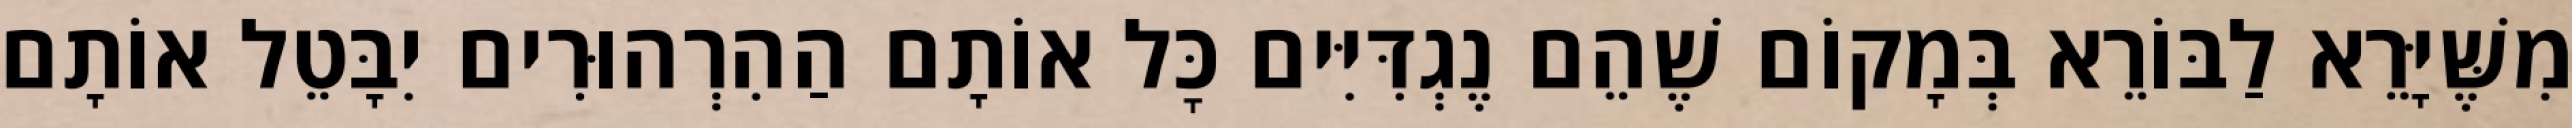
מִשֶּׁיָּרֵא לַבּוֹרֵא בְּמָקוֹם שֶׁהֵם נֶגְדִּיִּים כׇּל אוֹתָם הַהִרְהוּרִים יִבָּטֵל אוֹתָם